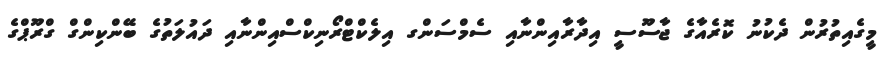
މީގެއިތުރުން ދެކުނު ކޮރެއާގެ ޖާސޫސީ އިދާރާއިންނާއި ސެމްސަންގ އިލެކްޓްރޯނިކްސްއިންނާއި ދައުލަތުގެ ބޭންކިންގް ގްރޫޕްގެ